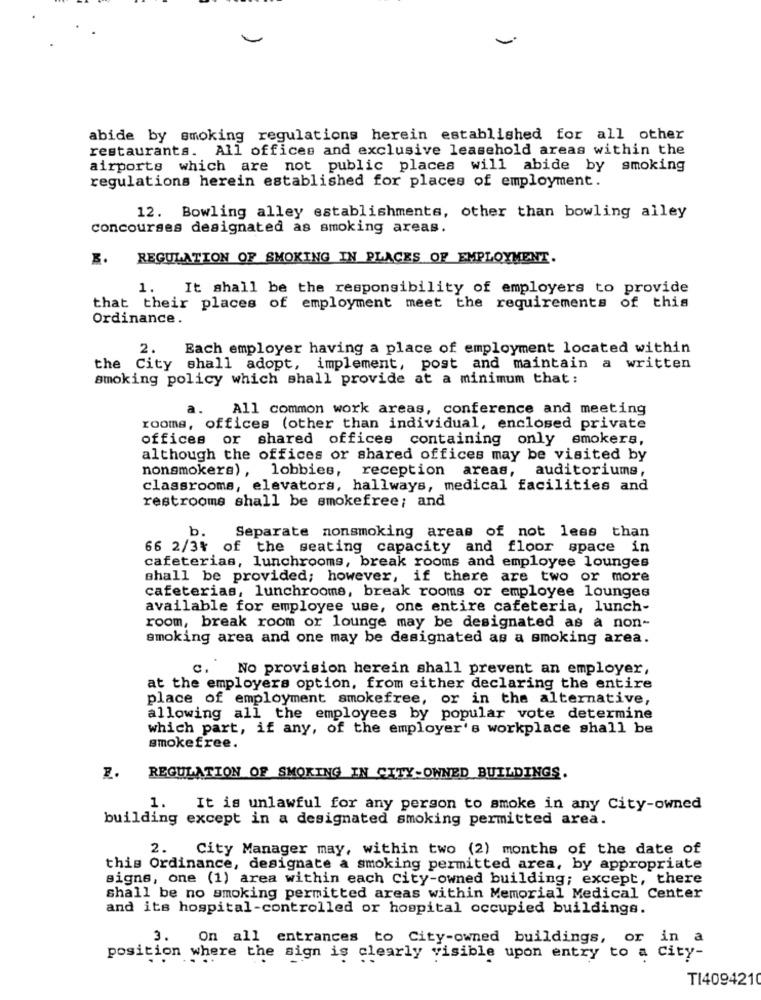
-
abide by smoking regulations herein established for all other
restaurants. All offices and exclusive leasehold areas within the
airports which are not public places will abide by smoking
regulations herein established for places of employment.
12. Bowling alley establishments, other than bowling alley
concourses designated as smoking areas.
REGULATION OF SMOKING IN PLACES OF EMPLOYMENT.
1. It shall be the responsibility of employers to provide
that their places of employment meet the requirements of this
Ordinance.
2. Each employer having a place of employment located within
the City shall adopt, implement, post and maintain a written
smoking policy which shall provide at a minimum that:
All common work areas, conference and meeting
rooms, offices (other than individual, enclosed private
offices or shared offices containing only smokers,
although the offices or shared offices may be visited by
nonsmokers) , lobbies, reception a
areas, auditoriums,
classrooms, elevators, hallways, medical facilities and
restrooms shall be smokefree; and
b.
Separate nonsmoking areas of not less than
66 2/3% of the seating capacity and floor space in
cafeterias, lunchrooms, break rooms and employee lounges
shall be provided; however, if there are two or more
cafeterias, lunchrooms, break rooms or employee lounges
available for employee use, one entire cafeteria, lunch-
room, break room or lounge may be designated as a non-
smoking area and one may be designated as a smoking area.
c.
No provision herein shall prevent an employer,
at the employers option, from either declaring the entire
place of employment smokefree, or in the alternative,
allowing all the employees by popular vote determine
which part, if any, of the employer's workplace shall be
smokefree.
2.
REGULATION OF SMOKING IN CITY-OWNED BUILDINGS.
1.
It is unlawful for any person to smoke in any City-owned
building except in a designated smoking permitted area.
2.
City Manager may, within two (2) months of the date of
this Ordinance, designate a smoking permitted area, by appropriate
signs, one (1) area within each City-owned building; except, there
shall be no smoking permitted areas within Memorial Medical Center
and its hospital-controlled or hospital occupied buildings.
On all entrances to City-owned buildings, or in a
position where the sign is clearly visible upon entry to a city-
T14094210